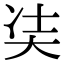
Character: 𭑋